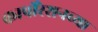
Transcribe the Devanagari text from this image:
कार्पोरेशनच्या